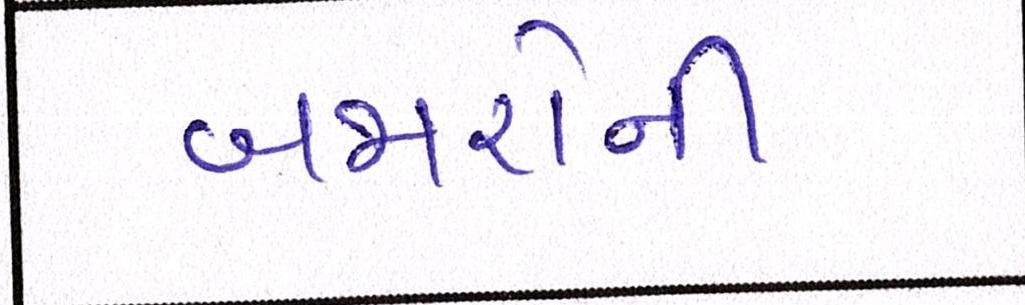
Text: બજારોની